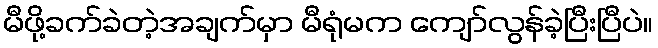
မီဖို့ခက်ခဲတဲ့အချက်မှာ မီရုံမက ကျော်လွန်ခဲ့ပြီးပြီပဲ။